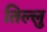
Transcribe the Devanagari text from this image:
तिल्लु